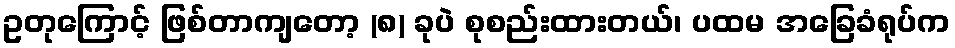
ဥတုကြောင့် ဖြစ်တာကျတော့ (၈) ခုပဲ စုစည်းထားတယ်၊ ပထမ အခြေခံရုပ်က